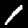
Digit: 1